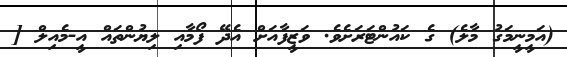
(އަމީނީމަގު މާލެ) ގެ ކައުންޓަރަށެވެ. ވަޒީފާއަށް އެދޭ ފޯމާއި ލިޔުންތައް އީ-މެއިލް [